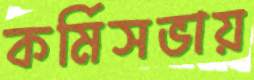
কর্মিসভায়